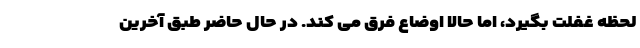
لحظه غفلت بگیرد، اما حالا اوضاع فرق می کند. در حال حاضر طبق آخرین